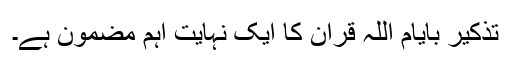
تذکیر بایام اللہ قرآن کا ایک نہایت اہم مضمون ہے۔